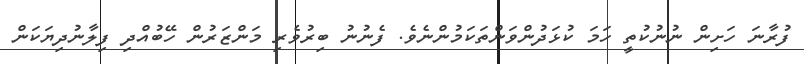
ފުރާނަ ހަށިން ނުނުކުތީ ހަމަ ކުޅަދުންވަންތަކަމުންނެވެ. ފެނުނު ބިރުވެރި މަންޒަރުން ހޭބުއްދި ފިލާނުދިޔަކަން